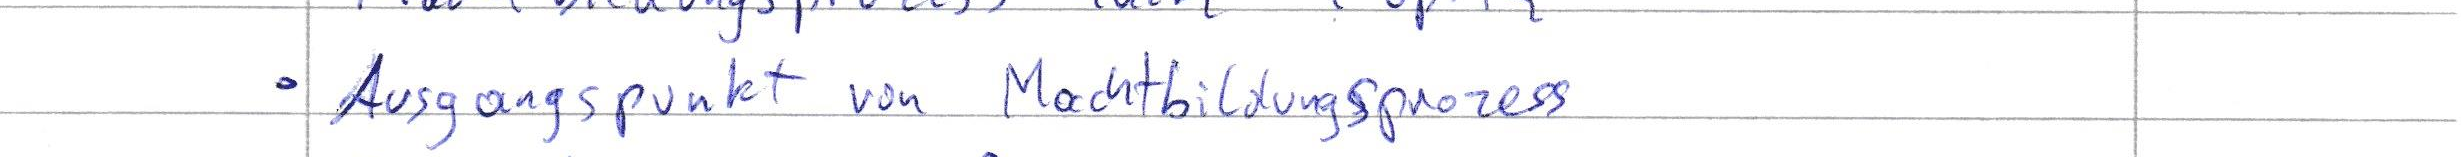
Ausgangspunkt von Machtbildungsprozess